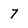
Character: 7